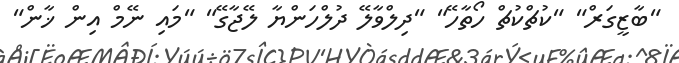
"ބާޒީގަރް" "ކުޗްކުޗް ހޯތާހޭ" "ދިލްވާލޭ ދުލްހަންޔާ ލޭޖާގޭ" "މައި ނޭމް އިން ޚާން"